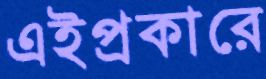
এইপ্রকারে